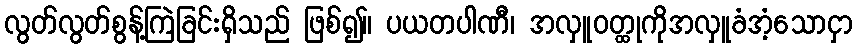
လွတ်လွတ်စွန့်ကြဲခြင်းရှိသည် ဖြစ်၍။ ပယတပါဏီ၊ အလှူဝတ္ထုကိုအလှူခံအံ့သောငှာ